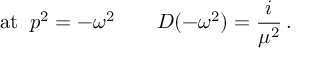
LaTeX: \mathrm { a t } \; \; p ^ { 2 } = - \omega ^ { 2 } \qquad { \cal D } ( - \omega ^ { 2 } ) = \frac { i } { \mu ^ { 2 } } \, .